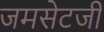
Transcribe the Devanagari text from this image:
जमसेटजी